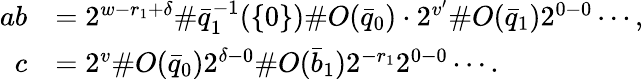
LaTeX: \begin{array}{rl}{ab}&{=2^{w-r_{1}+\delta}\# \bar{q}_{1}^{-1}(\{ 0\} )\# O(\bar{q}_{0})\cdot 2^{v^{\prime}}\# O(\bar{q}_{1})2^{0-0}\cdots,}\\ {c}&{=2^{v}\# O(\bar{q}_{0})2^{\delta-0}\# O(\bar{b}_{1})2^{-r_{1}}2^{0-0}\cdots.}\end{array}